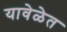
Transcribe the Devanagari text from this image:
यावेळेत